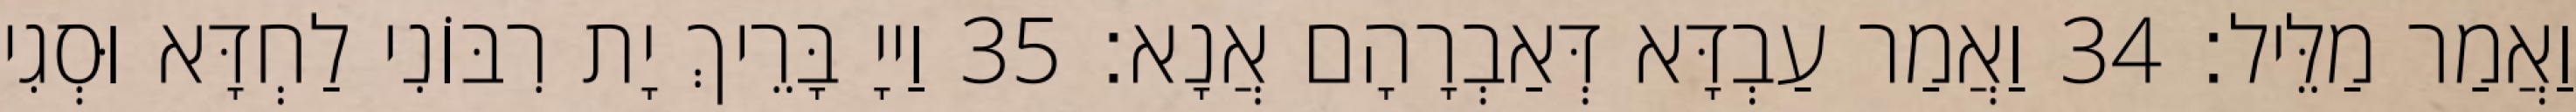
וַאֲמַר מַלֵּיל׃ 34 וַאֲמַר עַבְדָּא דְּאַבְרָהָם אֲנָא׃ 35 וַייָ בָּרֵיךְ יָת רִבּוֹנִי לַחְדָּא וּסְגִי